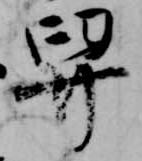
舁